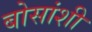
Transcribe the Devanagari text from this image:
बोसांशी